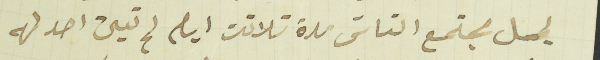
ليصل مجتمع الناسَ مدة تلاتت ايام لم تعين احد له